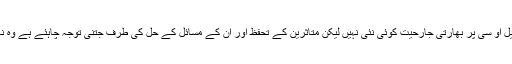
انہوں نے کہا ایل او سی پر بھارتی جارحیت کوئی نئی نہیں لیکن متاثرین کے تحفظ اور ان کے مسائل کے حل کی طرف جتنی توجہ چاہئے ہے وہ نہیں دی جارہی۔